Note on the mental hospitals in Burma - 1925-1940
Year: 1925
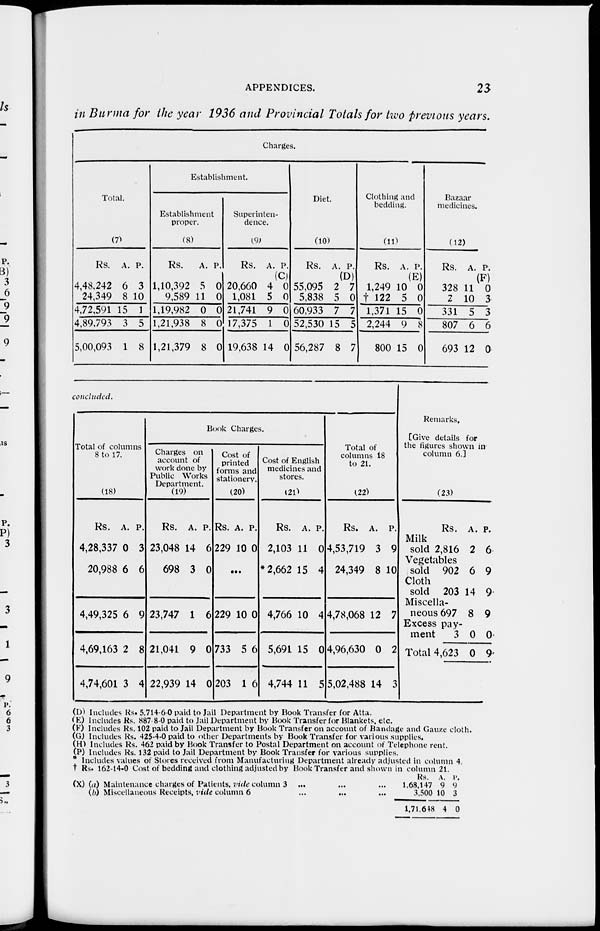
APPENDICES.
23
in Burma for the year 1936 and Provincial Totals for two previous years.
Charges.
Total.
(7)
Rs.
4,48,242
24,349
4,72,591
4,89,793
5,00,093
A.
6
8
15
3
1
P.
3
10
1
5
8
Establishment.
Establishment
proper.
(8)
Rs.
1,10,392
9,589
1,19,982
1,21,938
1,21,379
A.
5
11
0
8
8
P.
0
0
0
0
0
Superinten-
dence.
(9)
Rs.
20,660
1,081
21,741
17,375
19,638
A.
4
5
9
1
14
P.
(C)
0
0
0
0
0
Diet.
(10)
Rs.
55,095
5,838
60,933
52,530
56,287
A.
2
5
7
15
8
P.
(D)
7
0
7
5
7
Clothing and
bedding.
(11)
Rs.
1,249
† 122
1,371
2,244
800
A.
10
5
15
9
15
P.
(E)
0
0
0
8
0
Bazaar
medicines.
(12)
Rs.
328
2
331
807
693
A
11
10
5
6
12
P.
(F)
0
3
3
6
0
concluded.
Total of columns
8 to 17.
(18)
Rs.
4,28,337
20,988
4,49,325
4,69,163
4,74,601
A.
0
6
6
2
3
P.
3
6
9
8
4
Book Charges.
Charges on
account of
work done by
Public Works
Department.
(19)
Rs.
23,048
698
23,747
21,041
22,939
A.
14
3
1
9
14
P.
6
0
6
0
0
Cost of
printed
forms and
stationery.
(20)
Rs.
229
A.
10
P.
0
...
229
733
203
10
5
1
0
6
6
Cost of English
medicines and
stores.
(21)
Rs.
2,103
* 2,662
4,766
5,691
4,744
A.
11
15
10
15
11
P.
0
4
4
0
5
Total of
columns 18
to 21.
(22)
Rs.
4,53,719
24,349
4,78,068
4,96,630
5,02,488
A.
3
8
12
0
14
P.
9
10
7
2
3
Rem
[Give
the figu
col
Milk
sold
Vegetables
sold Cloth
sold
Miscela¬
neous
Excess pay¬
ment
Total
arks.
details for
res shown in
umn 6.]
(23)
Rs.
2,816
902
203
697
3
4,623
A.
2
6
14
8
0
0
P.
6
9
9
9
0
9
(D) Includes Rs. 5,714-6-0 paid to Jail Department by Book Transfer for Atta.
(E) Includes Rs. 887 8-0 paid to Jail Department by Book Transfer for Blankets, etc.
(F) Includes Rs. 102 paid to Jail Department by Book Transfer on account of Bandage and Gauze cloth.
(G) Includes Rs. 425-4-0 paid to other Departments by Book Transfer for various supplies.
(H) Includes Rs. 462 paid by Book Transfer to Postal Department on account of Telephone rent.
(P) Includes Rs. 132 paid to Jail Department by Book Transfer for various supplies.
* Includes values of Stores received from Manufacturing Department already adjusted in column 4.
† Rs. 162-14-0 Cost of bedding and clothing adjusted by Book Transfer and shown in column 21.
(X)(a) Maintenance charges of Patients, vide column 3
(b) Miscellaneous Receipts, vide column 6
...
...
Rs.
1,68,147
3,500
1,71,648
A.
9
10
4
P.
9
3
0